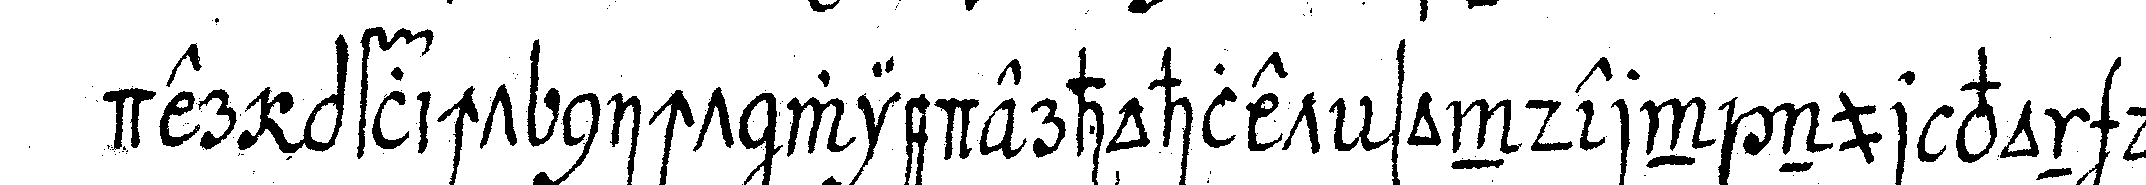
der pflicht nicht wiederhohlet sondern nur von dem